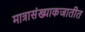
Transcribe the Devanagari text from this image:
मात्रासंख्याकजातीत